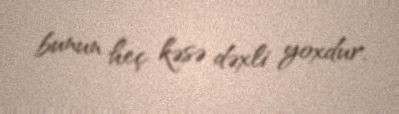
bunun heç kəsə dəxli yoxdur.